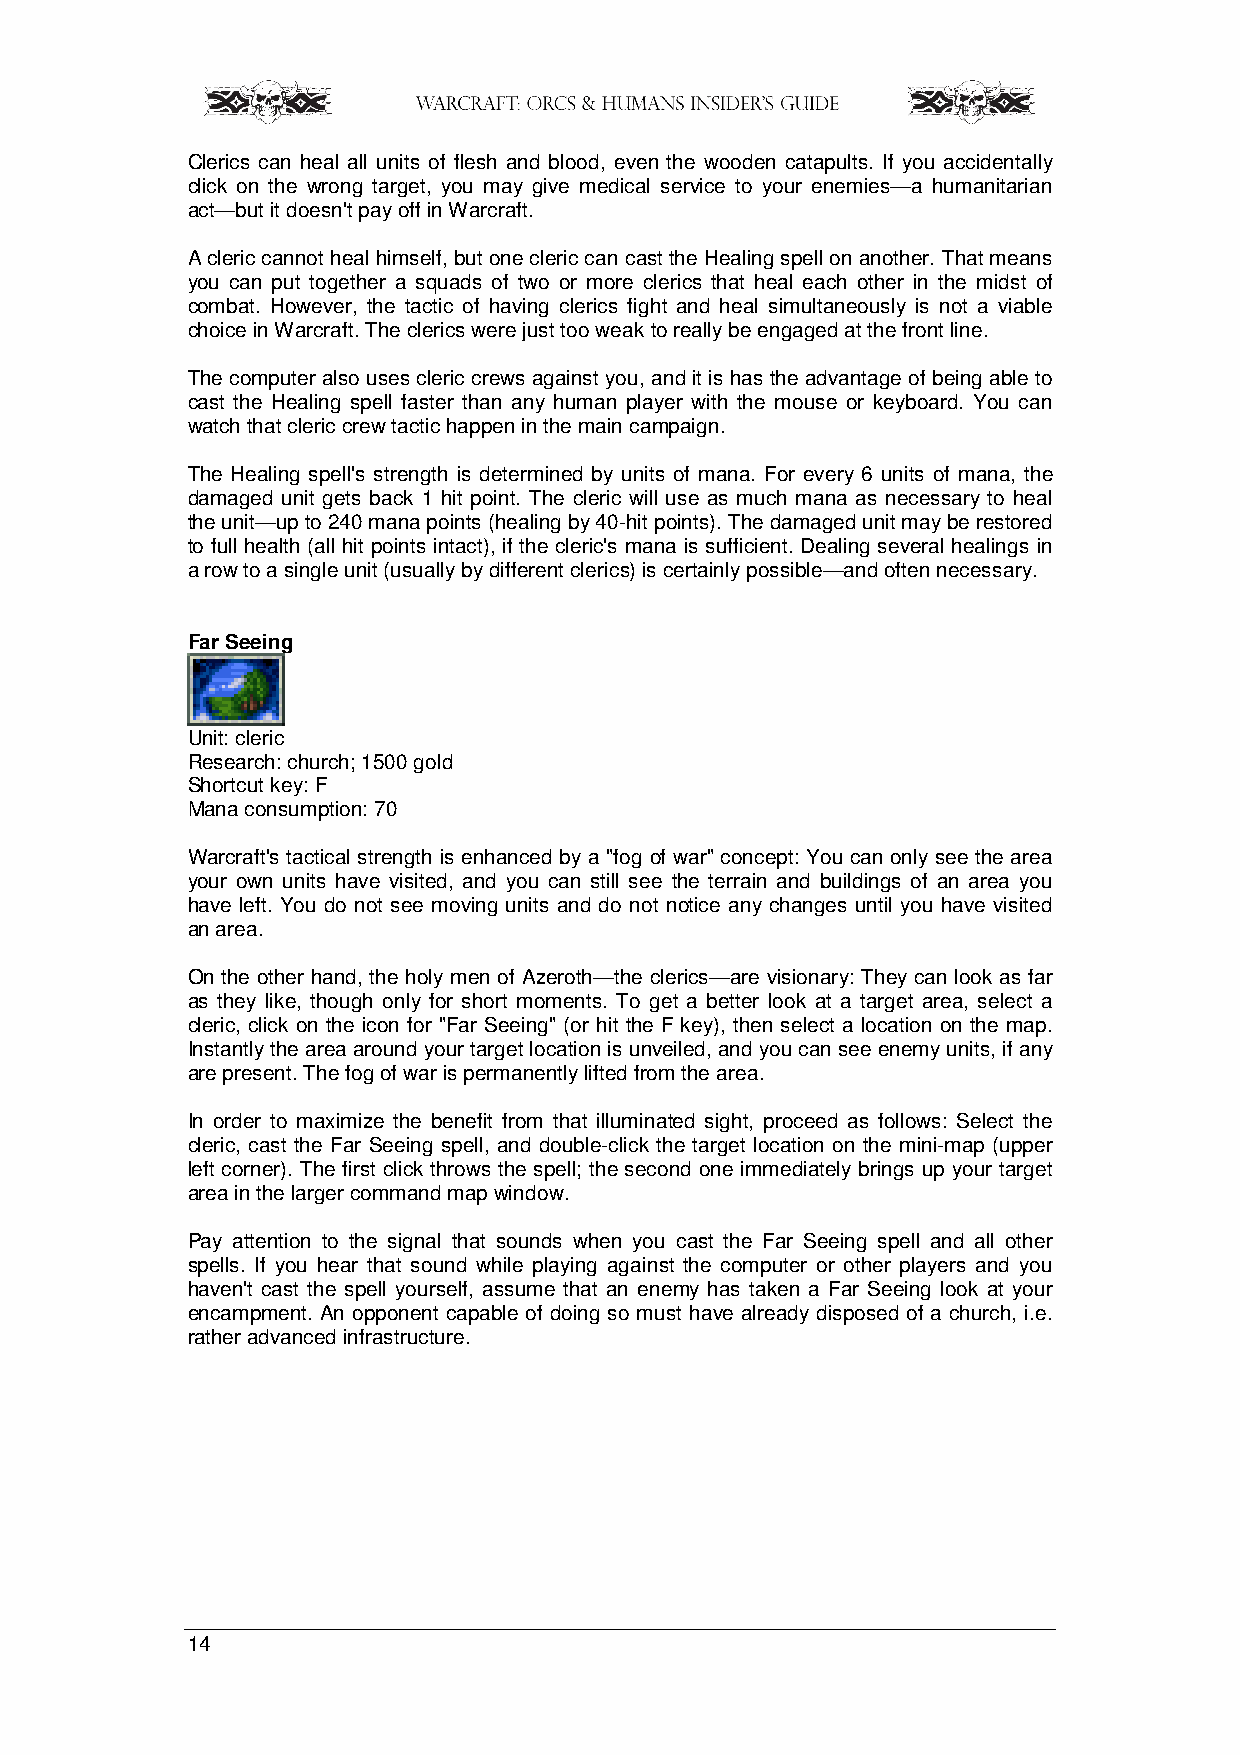
Clerics can heal all units of flesh and blood, even the wooden catapults. If you accidentally
 click on the wrong target, you may give medical service to your enemies—a humanitarian
 act—but it doesn't pay off in Warcraft.
 A cleric cannot heal himself, but one cleric can cast the Healing spell on another. That means
 you can put together a squads of two or more clerics that heal each other in the midst of
 combat. However, the tactic of having clerics fight and heal simultaneously is not a viable
 choice in Warcraft. The clerics were just too weak to really be engaged at the front line.
 The computer also uses cleric crews against you, and it is has the advantage of being able to
 cast the Healing spell faster than any human player with the mouse or keyboard. You can
 watch that cleric crew tactic happen in the main campaign.
 The Healing spell's strength is determined by units of mana. For every 6 units of mana, the
 damaged unit gets back 1 hit point. The cleric will use as much mana as necessary to heal
 the unit—up to 240 mana points (healing by 40-hit points). The damaged unit may be restored
 to full health (all hit points intact), if the cleric's mana is sufficient. Dealing several healings in
 a row to a single unit (usually by different clerics) is certainly possible—and often necessary.
 Far Seeing
 Unit: cleric
 Research: church; 1500 gold
 Shortcut key: F
 Mana consumption: 70
 Warcraft's tactical strength is enhanced by a "fog of war" concept: You can only see the area
 your own units have visited, and you can still see the terrain and buildings of an area you
 have left. You do not see moving units and do not notice any changes until you have visited
 an area.
 On the other hand, the holy men of Azeroth—the clerics—are visionary: They can look as far
 as they like, though only for short moments. To get a better look at a target area, select a
 cleric, click on the icon for "Far Seeing" (or hit the F key), then select a location on the map.
 Instantly the area around your target location is unveiled, and you can see enemy units, if any
 are present. The fog of war is permanently lifted from the area.
 In order to maximize the benefit from that illuminated sight, proceed as follows: Select the
 cleric, cast the Far Seeing spell, and double-click the target location on the mini-map (upper
 left corner). The first click throws the spell; the second one immediately brings up your target
 area in the larger command map window.
 Pay attention to the signal that sounds when you cast the Far Seeing spell and all other
 spells. If you hear that sound while playing against the computer or other players and you
 haven't cast the spell yourself, assume that an enemy has taken a Far Seeing look at your
 encampment. An opponent capable of doing so must have already disposed of a church, i.e.
 rather advanced infrastructure.
 14